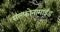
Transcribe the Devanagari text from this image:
सल्फोनामाईड